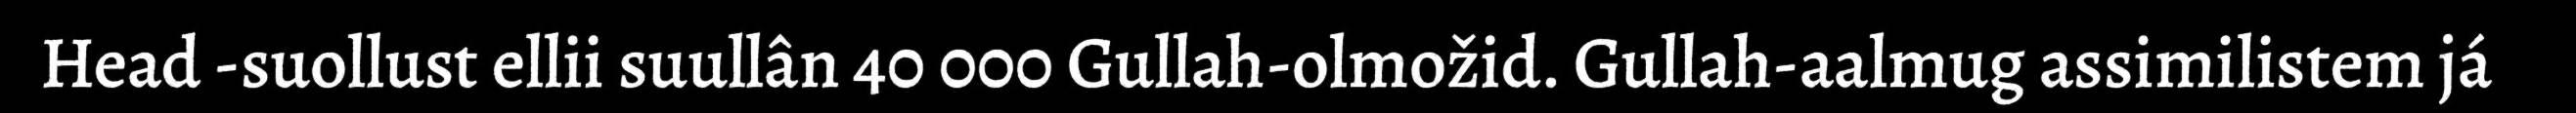
Head -suollust ellii suullân 40 000 Gullah-olmožid. Gullah-aalmug assimilistem já